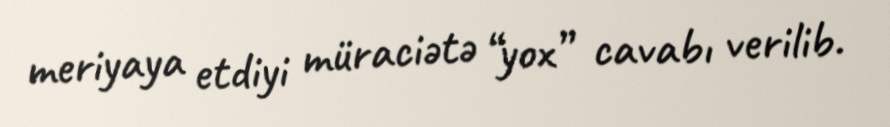
meriyaya etdiyi müraciətə “yox” cavabı verilib.